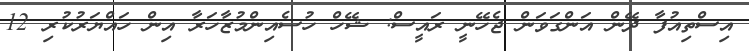
އިސްތިއުފާ ދޭން އަންގަވަން ޖެހޭނީ ރައީސް: ޝޭހް ހުސެއިންމުޒާހަރާ އިން ހައްޔަރުކުރި 12